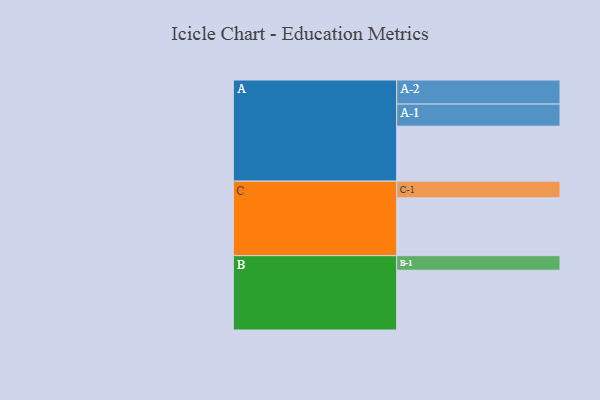
{"axis": {"x": "Segment", "y": "Value"}, "legend": ["", "A", "B", "C"], "data": [{"x": "A", "y": 514, "type": ""}, {"x": "B", "y": 559, "type": ""}, {"x": "C", "y": 541, "type": ""}, {"x": "A-1", "y": 207, "type": "A"}, {"x": "A-2", "y": 225, "type": "A"}, {"x": "B-1", "y": 136, "type": "B"}, {"x": "C-1", "y": 156, "type": "C"}]}